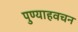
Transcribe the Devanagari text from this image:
पुण्याहवचन